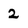
Character: 2